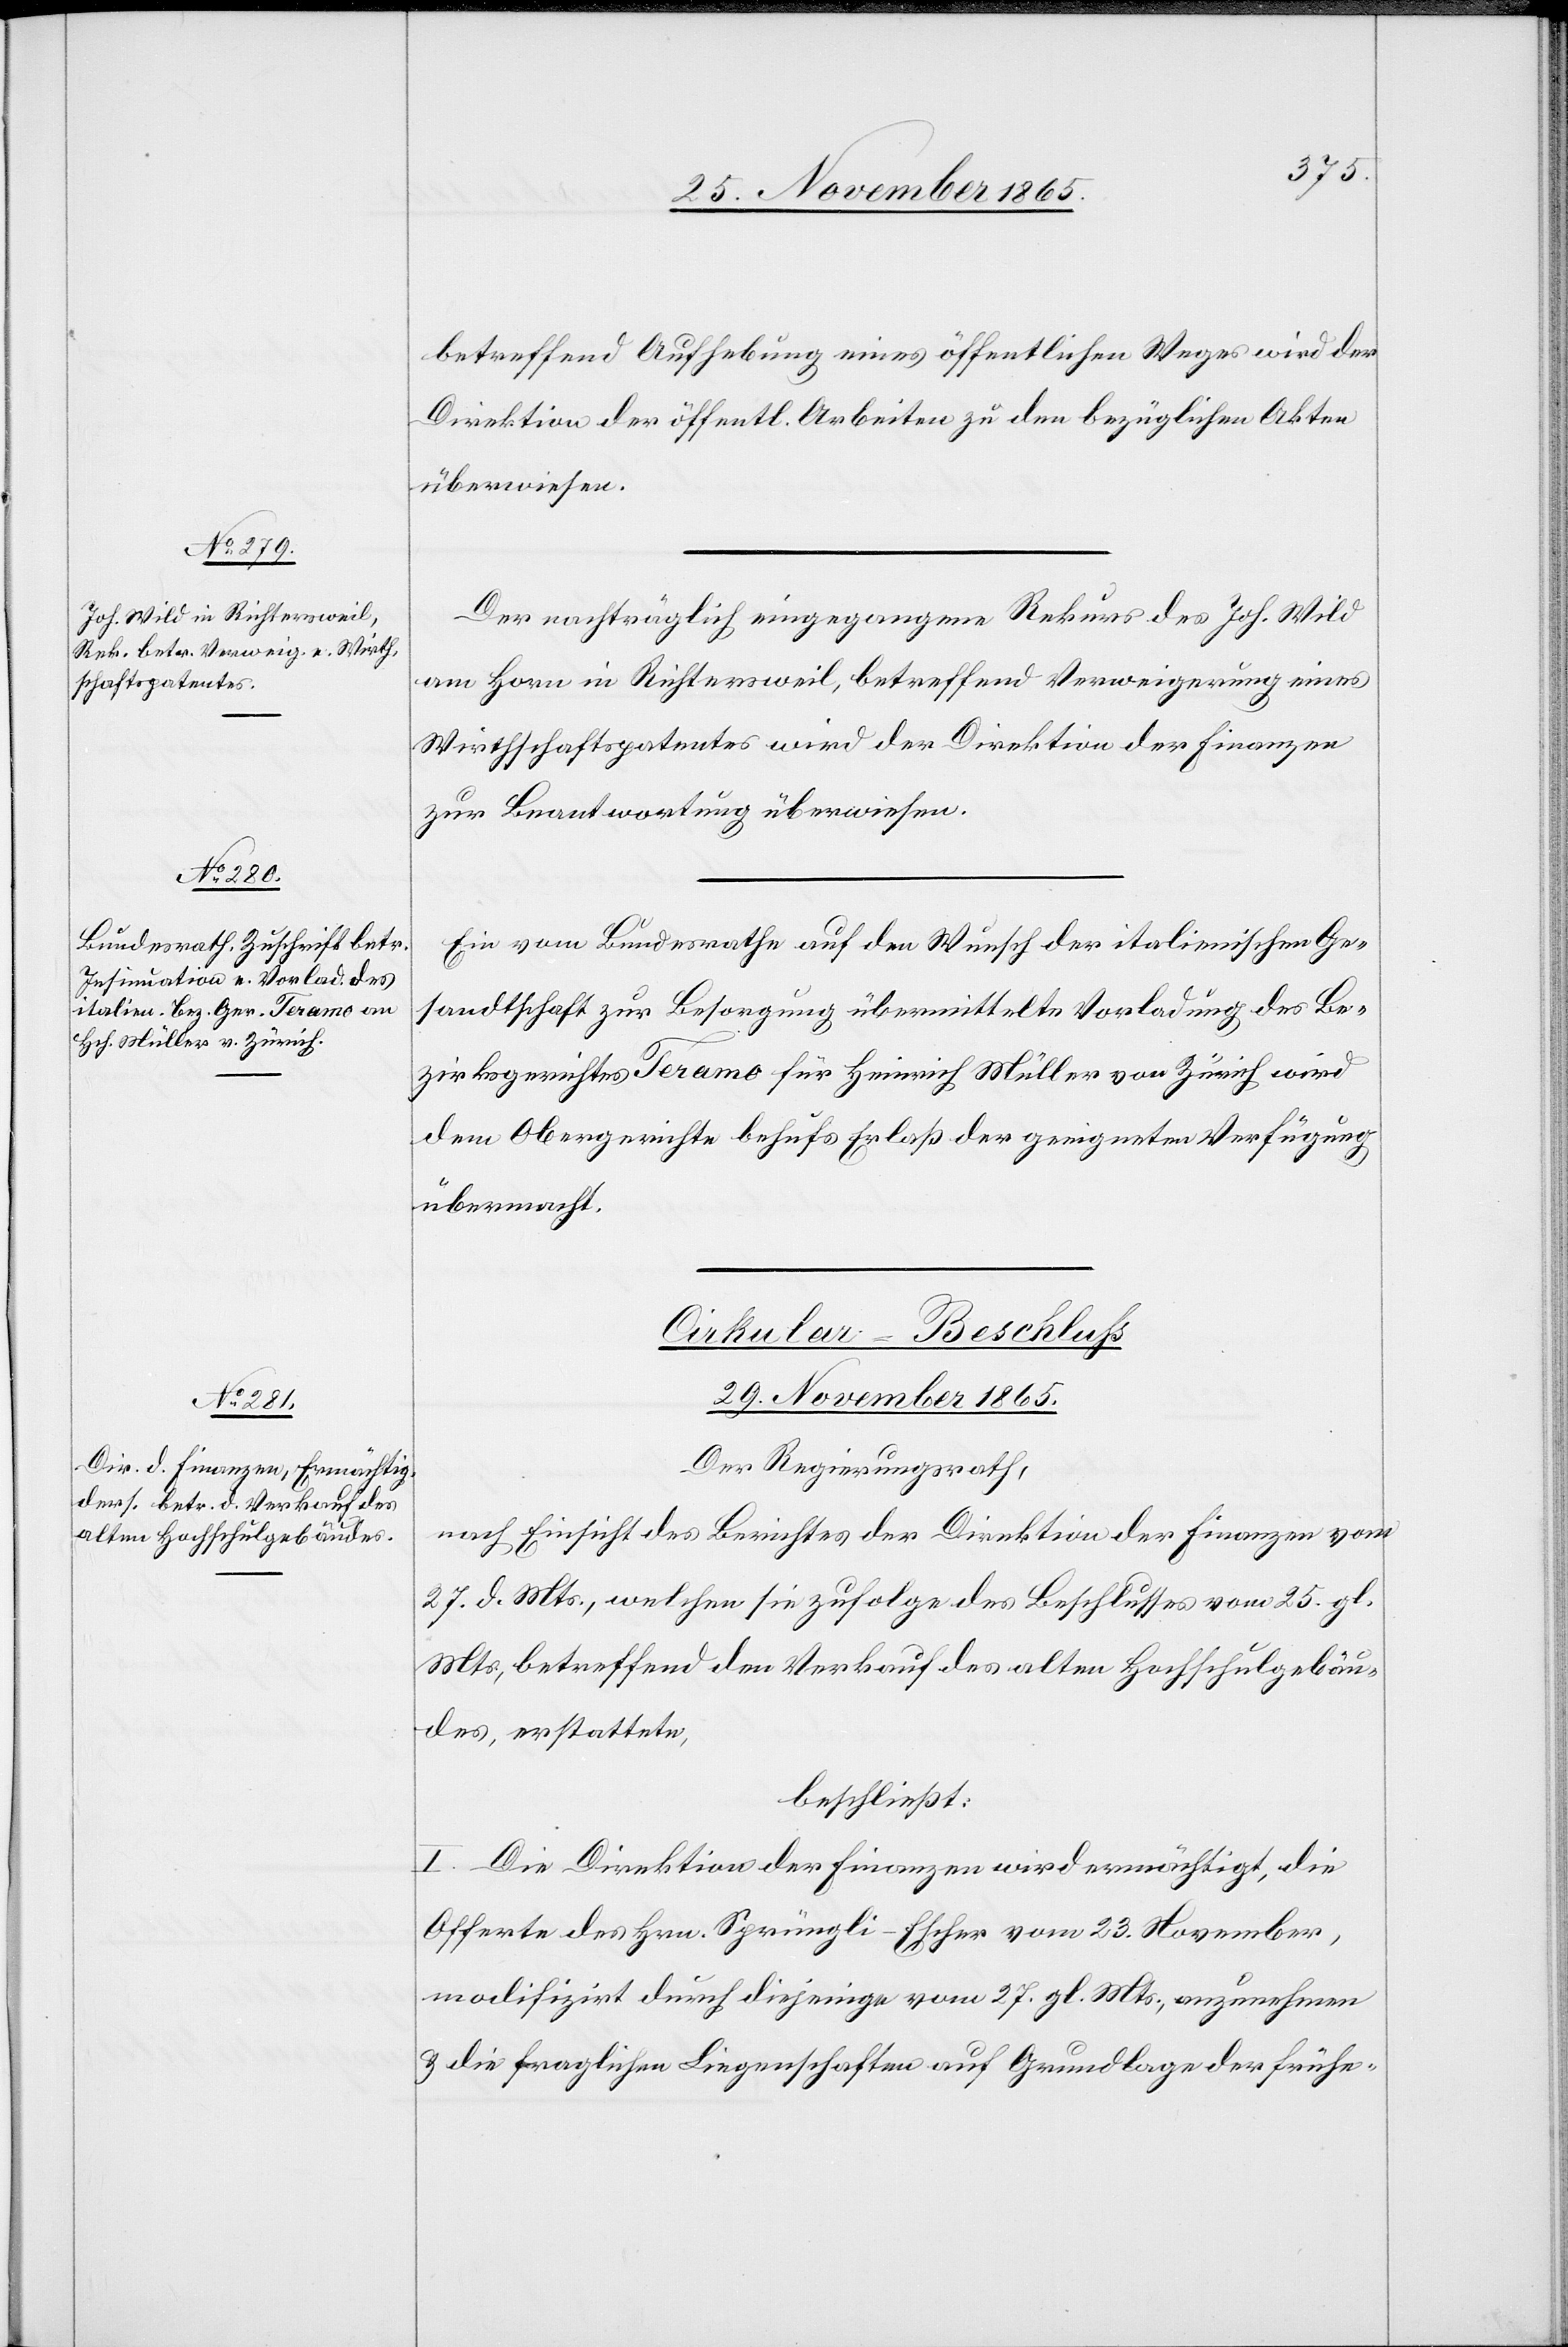
betreffend Aufhebung eines öffentlichen Weges wird der
Direktion der öffentl. Arbeiten zu den bezüglichen Akten
überwiesen.
Der nachträglich eingegangene Rekurs des Joh. Wild
am Horn in Richtersweil, betreffend Verweigerung eines
Wirthschaftspatentes wird der Direktion der Finanzen
zur Beantwortung überwiesen.
Eine vom Bundesrathe auf den Wunsch der italienischen Ge¬
sandtschaft zur Besorgung übermittelte Vorladung des Be¬
zirksgerichtes Teramo für Heinrich Müller von Zürich wird
dem Obergerichte behufs Erlaß der geeigneten Verfügung
übermacht.
Cirkular-Beschluß
29. November 1865.
Der Regierungsrath,
nach Einsicht des Berichtes der Direktion der Finanzen vom
27. d. Mts., welchen sie zufolge des Beschlusses vom 25. gl.
Mts., betreffend den Verkauf des alten Hochschulgebäu¬
des, erstattete,
beschließt:
I. Die Direktion der Finanzen wird ermächtigt, die
Offerte des Hrn. Sprüngli-Escher vom 23. November,
modifizirt durch diejenige vom 27. gl. Mts., anzunehmen
& die fraglichen Liegenschaften auf Grundlage der frühe-